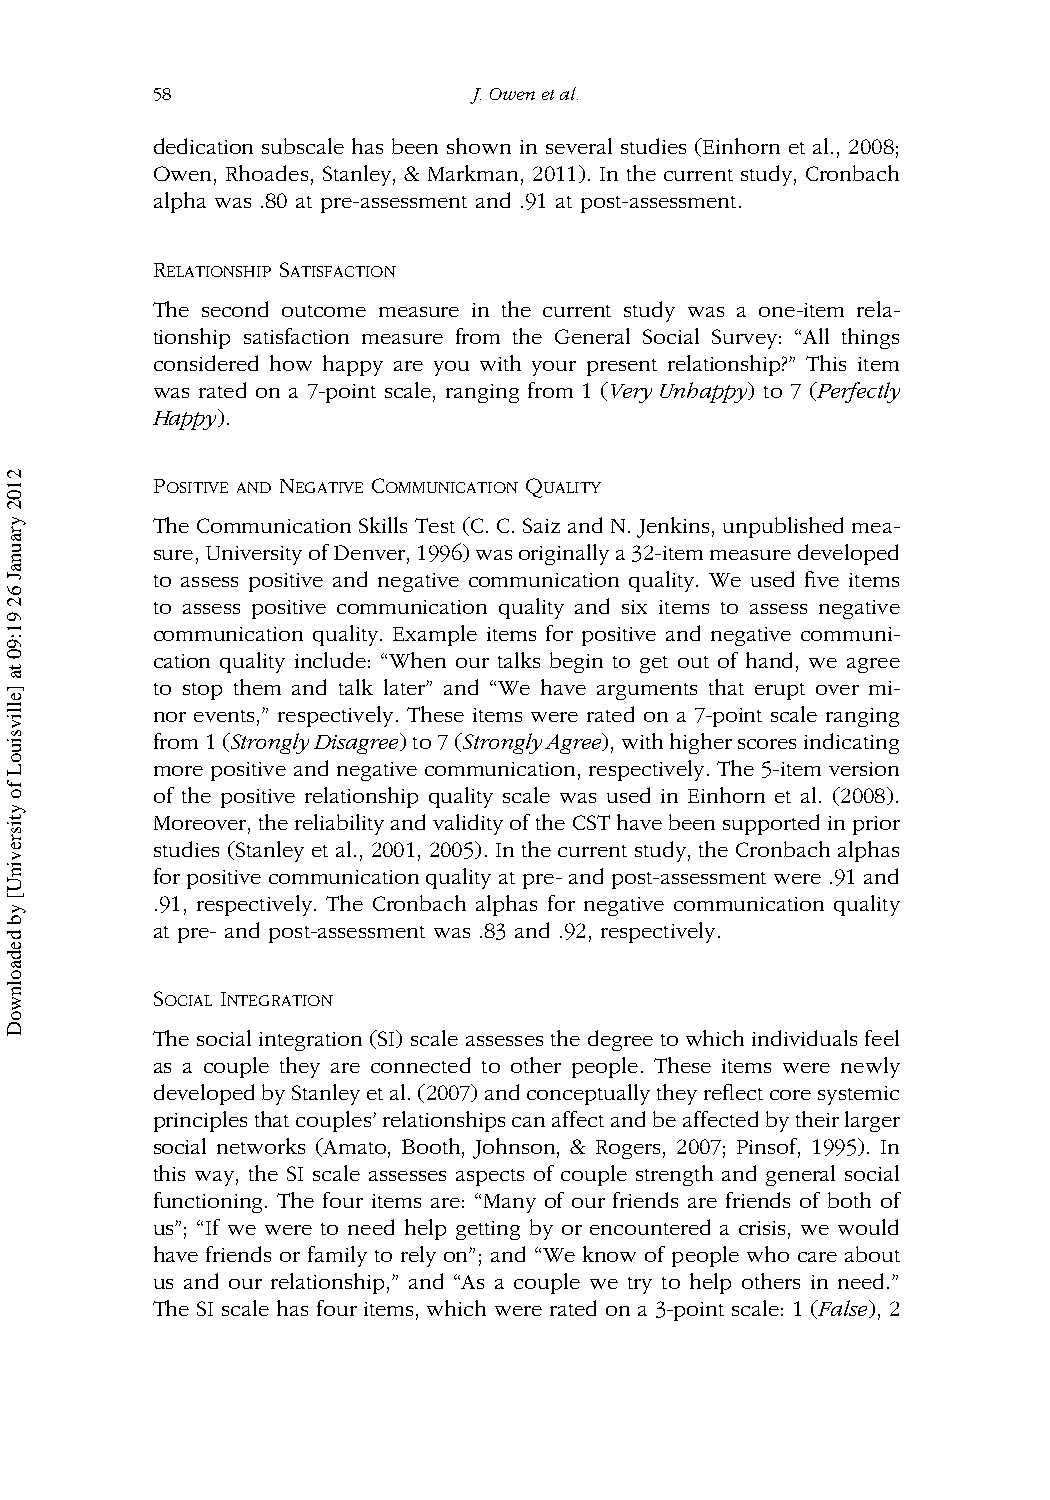
58                   J.Owenetal.
 dedication subscale has been shown in several studies (Einhorn et al., 2008;
 Owen, Rhoades, Stanley, & Markman, 2011). In the current study, Cronbach
 alpha was .80 at pre-assessment and .91 at post-assessment.
 RELATIONSHIP SATISFACTION
 The second outcome measure in the current study was a one-item rela-
 tionship satisfaction measure from the General Social Survey: “All things
 considered how happy are you with your present relationship?” This item
 was rated on a 7-point scale, ranging from 1 (Very Unhappy) to 7 (Perfectly
 Happy).
 POSITIVE AND NEGATIVE COMMUNICATION QUALITY
 The Communication Skills Test (C. C. Saiz and N. Jenkins, unpublished mea-
 sure,UniversityofDenver,1996)wasoriginallya32-itemmeasuredeveloped
 to assess positive and negative communication quality. We used five items
 to assess positive communication quality and six items to assess negative
 communication quality. Example items for positive and negative communi-
 cation quality include: “When our talks begin to get out of hand, we agree
 to stop them and talk later” and “We have arguments that erupt over mi-
 nor events,” respectively. These items were rated on a 7-point scale ranging
 from1(StronglyDisagree)to7(StronglyAgree),withhigherscoresindicating
 more positive and negative communication, respectively. The 5-item version
 of the positive relationship quality scale was used in Einhorn et al. (2008).
 Moreover,thereliabilityandvalidityoftheCSThavebeensupportedinprior
 studies (Stanley et al., 2001, 2005). In the current study, the Cronbach alphas
 forpositivecommunicationqualityatpre-andpost-assessmentwere.91and
 .91, respectively. The Cronbach alphas for negative communication quality
 at pre- and post-assessment was .83 and .92, respectively.
 SOCIAL INTEGRATION
 The social integration (SI) scale assesses the degree to which individualsfeel
 as a couple they are connected to other people. These items were newly
 developedbyStanleyetal.(2007)andconceptuallytheyreflectcoresystemic
 principlesthatcouples’relationshipscanaffectandbeaffectedbytheirlarger
 social networks (Amato, Booth, Johnson, & Rogers, 2007; Pinsof, 1995). In
 this way, the SI scale assesses aspects of couple strength and general social
 functioning. The four items are: “Many of our friends are friends of both of
 us”; “If we were to need help getting by or encountered a crisis, we would
 have friends or family to rely on”; and “We know of people who care about
 us and our relationship,” and “As a couple we try to help others in need.”
 The SI scale has four items, which were rated on a 3-point scale: 1 (False), 2
 2102
 yraunaJ
 62
 91:90
 ta
 ]ellivsiuoL
 fo
 ytisrevinU[
 yb
 dedaolnwoD